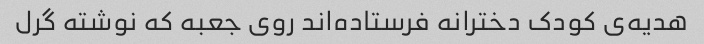
هدیه‌ی کودک دخترانه فرستاده‌اند روی جعبه که نوشته گرل